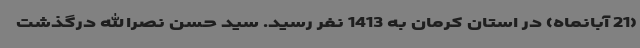
(21 آبانماه) در استان کرمان به 1413 نفر رسید. سید حسن نصرالله درگذشت